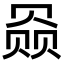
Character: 赑